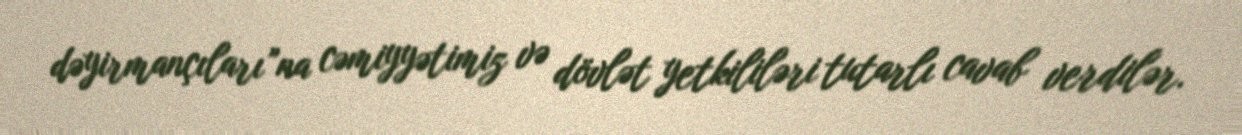
dəyirmançıları”na cəmiyyətimiz və dövlət yetkililəri tutarlı cavab verdilər.